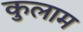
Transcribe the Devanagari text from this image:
कुलाम